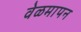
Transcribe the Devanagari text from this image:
वेळमापन